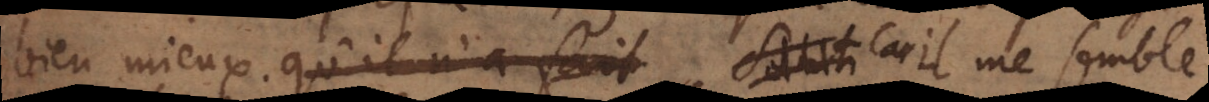
bien mieux.qu’il n’a fait, Car il me semble